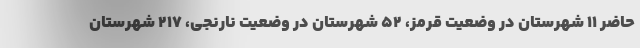
حاضر ۱۱ شهرستان در وضعیت قرمز، ۵۲ شهرستان در وضعیت نارنجی، ۲۱۷ شهرستان